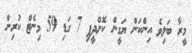
މީރާ ބަލިވެ އިންކަން ޔަގީން ކޮށްދީފި 7 ގަޑި 59 މިނެޓް ކުރިން